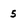
Character: 5